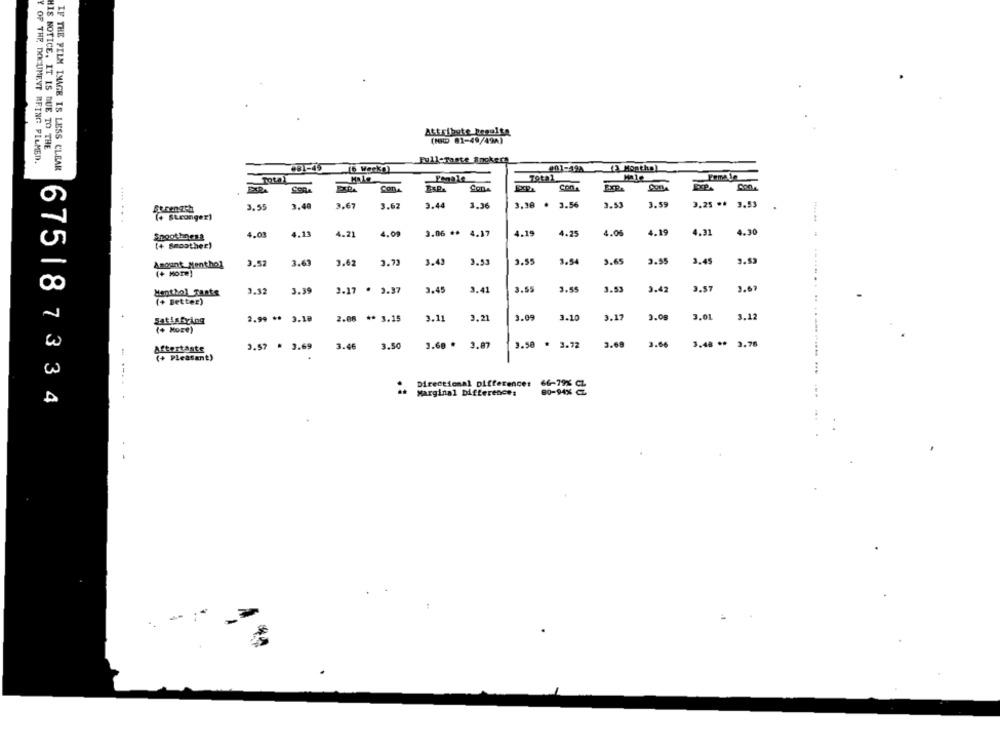
Attribute begulte
(MID 81-49/49A)
HIS NOTICE. IT IS DUE TO THE
Y OF THE, DOCUMENT BEING PILMED.
IF THE FILM IMAGE IS LESS CLEAR
Full-Taste &nckera
081-45
16 Werke)
(3 Months)
Total
Penale
Female
ConA
Con
3.53
3.59
3.25 ** 3.53
Serenach
3, 55
3.48
3.67
3.62
3.44
3.36
3.38 . 3.56
(+ stronger)
4.13
4.21
4.09
3.06 **
4.17
4.19
4.25
4.05
4.19
4.31
4.30
Shoot-bnes?
4.03
(+ Smoother)
Amount: Menthol
2.5:
1.6
1.62
2.73
3.4.
2.55
3.54
9.65
3.55
3.45
(+ More)
Menthol Taste
3.12
3.39
3.17 . 3.37
.45
1.41
1.55
3.55
3.53
3.42
3.57
(+ Better)
3.09
3.08
3.01
3.12
satisfying
2.99 ** 3.10
2.08 ** 3.15
3.11
3.21
3.10
3.17
(+ More)
3.68 . 3.87
3.50 * 3.72
3.68
3.66
3.48 ** 3.78
aftertaste
3.57 * 3.69
3.46 3.50
(+ Pleasant)
Directional Difference: 66-79% CL
80-94% C
Marginal Differences
675187334
- --